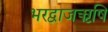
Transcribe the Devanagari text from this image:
भरद्वाजऋषि